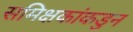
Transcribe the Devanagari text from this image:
समिक्षकांकडुन